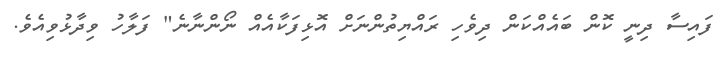
ފައިސާ ދިނީ ކޮން ބައެއްކަން ދިވެހި ރައްޔިތުންނަށް އޮޅިފަކާއެއް ނޯންނާނެ" ފަލާހު ވިދާޅުވިއެވެ.